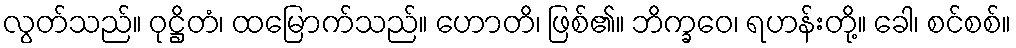
လွတ်သည်။ ဝုဋ္ဌိတံ၊ ထမြောက်သည်။ ဟောတိ၊ ဖြစ်၏။ ဘိက္ခဝေ၊ ရဟန်းတို့။ ခေါ၊ စင်စစ်။